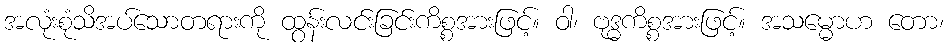
အလုံးစုံသိအပ်သောတရားကို ထွန်းလင်းခြင်းကိစ္စအားဖြင့်။ ဝါ၊ ဗုဒ္ဓကိစ္စအားဖြင့်။ အသမ္မောဟ တော၊